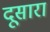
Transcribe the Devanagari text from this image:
दूसारा